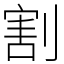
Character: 割